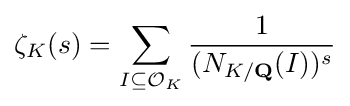
\zeta _{K}(s)=\sum _{I\subseteq {\mathcal {O}}_{K}}{\frac {1}{(N_{K/\mathbf {Q} }(I))^{s}}}